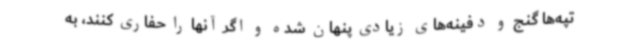
تپه‌ها گنج و دفینه‌های زیادی پنهان شده و اگر آنها را حفاری کنند، به